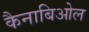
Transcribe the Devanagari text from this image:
कैनाबिओल